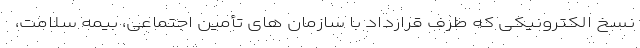
نسخ الکترونیکی که طرف قرارداد با سازمان های تأمین اجتماعی، بیمه سلامت،